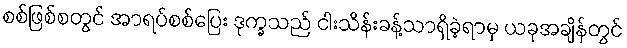
စစ်ဖြစ်စတွင် အာရပ်စစ်ပြေး ဒုက္ခသည် ငါးသိန်းခန့်သာရှိခဲ့ရာမှ ယခုအချိန်တွင်